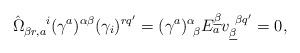
LaTeX: \begin{align*}\hat\Omega_{\beta r,a}^{~~~~i}(\gamma^a)^{\alpha\beta}(\gamma_{i})^{rq'}=(\gamma^{a})^{\alpha}_{~\beta}E_a^{\underline\beta}v_{\underline\beta}^{~\beta q'}=0,\end{align*}